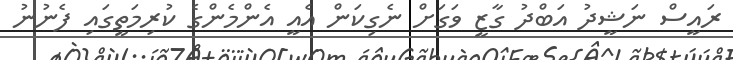
ރައީސް ނަޝީދު އަބްދު ގާޒީ ވަގަށް ނެގިކަން އެއީ އެންމެންގެ ކުރިމަތީގައި ފެނުނު